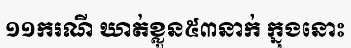
១១ករណី ឃាត់ខ្លួន៥៣នាក់ ក្នុងនោះ